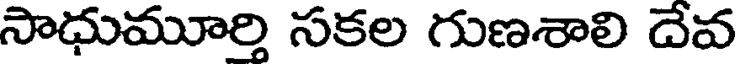
సాధుమూర్తి సకల గుణశాలి దేవ